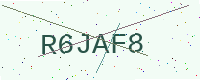
Text: R6JAF8